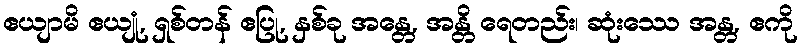
ဧယျာမိ ဧယျုံ, ရှစ်တန် ဧပြု, နှစ်ခု အန္တေ, အန္တိ ရေတည်း၊ ဆုံးဿေ အန္တ, ဧကို